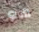
هو